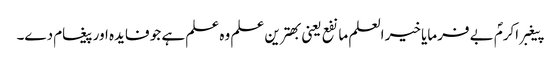
پیغبر اکرمؐ بے فرمایا خیر العلم ما نفع یعنی بھترین علم وہ علم ہے جو فایدہ اور پیغام دے۔